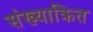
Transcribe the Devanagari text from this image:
संख्याक्रित